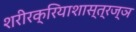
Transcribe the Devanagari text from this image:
शरीरक्रियाशास्त्रज्ञ